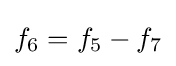
{\textstyle f_{6}=f_{5}-f_{7}}